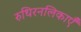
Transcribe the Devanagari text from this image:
रुधिरनलिकाएँ